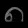
Digit: ၈